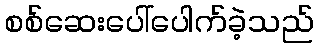
စစ်ဆေးပေါ်ပေါက်ခဲ့သည်